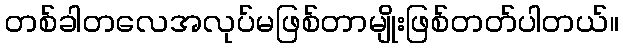
တစ်ခါတလေအလုပ်မဖြစ်တာမျိုးဖြစ်တတ်ပါတယ်။